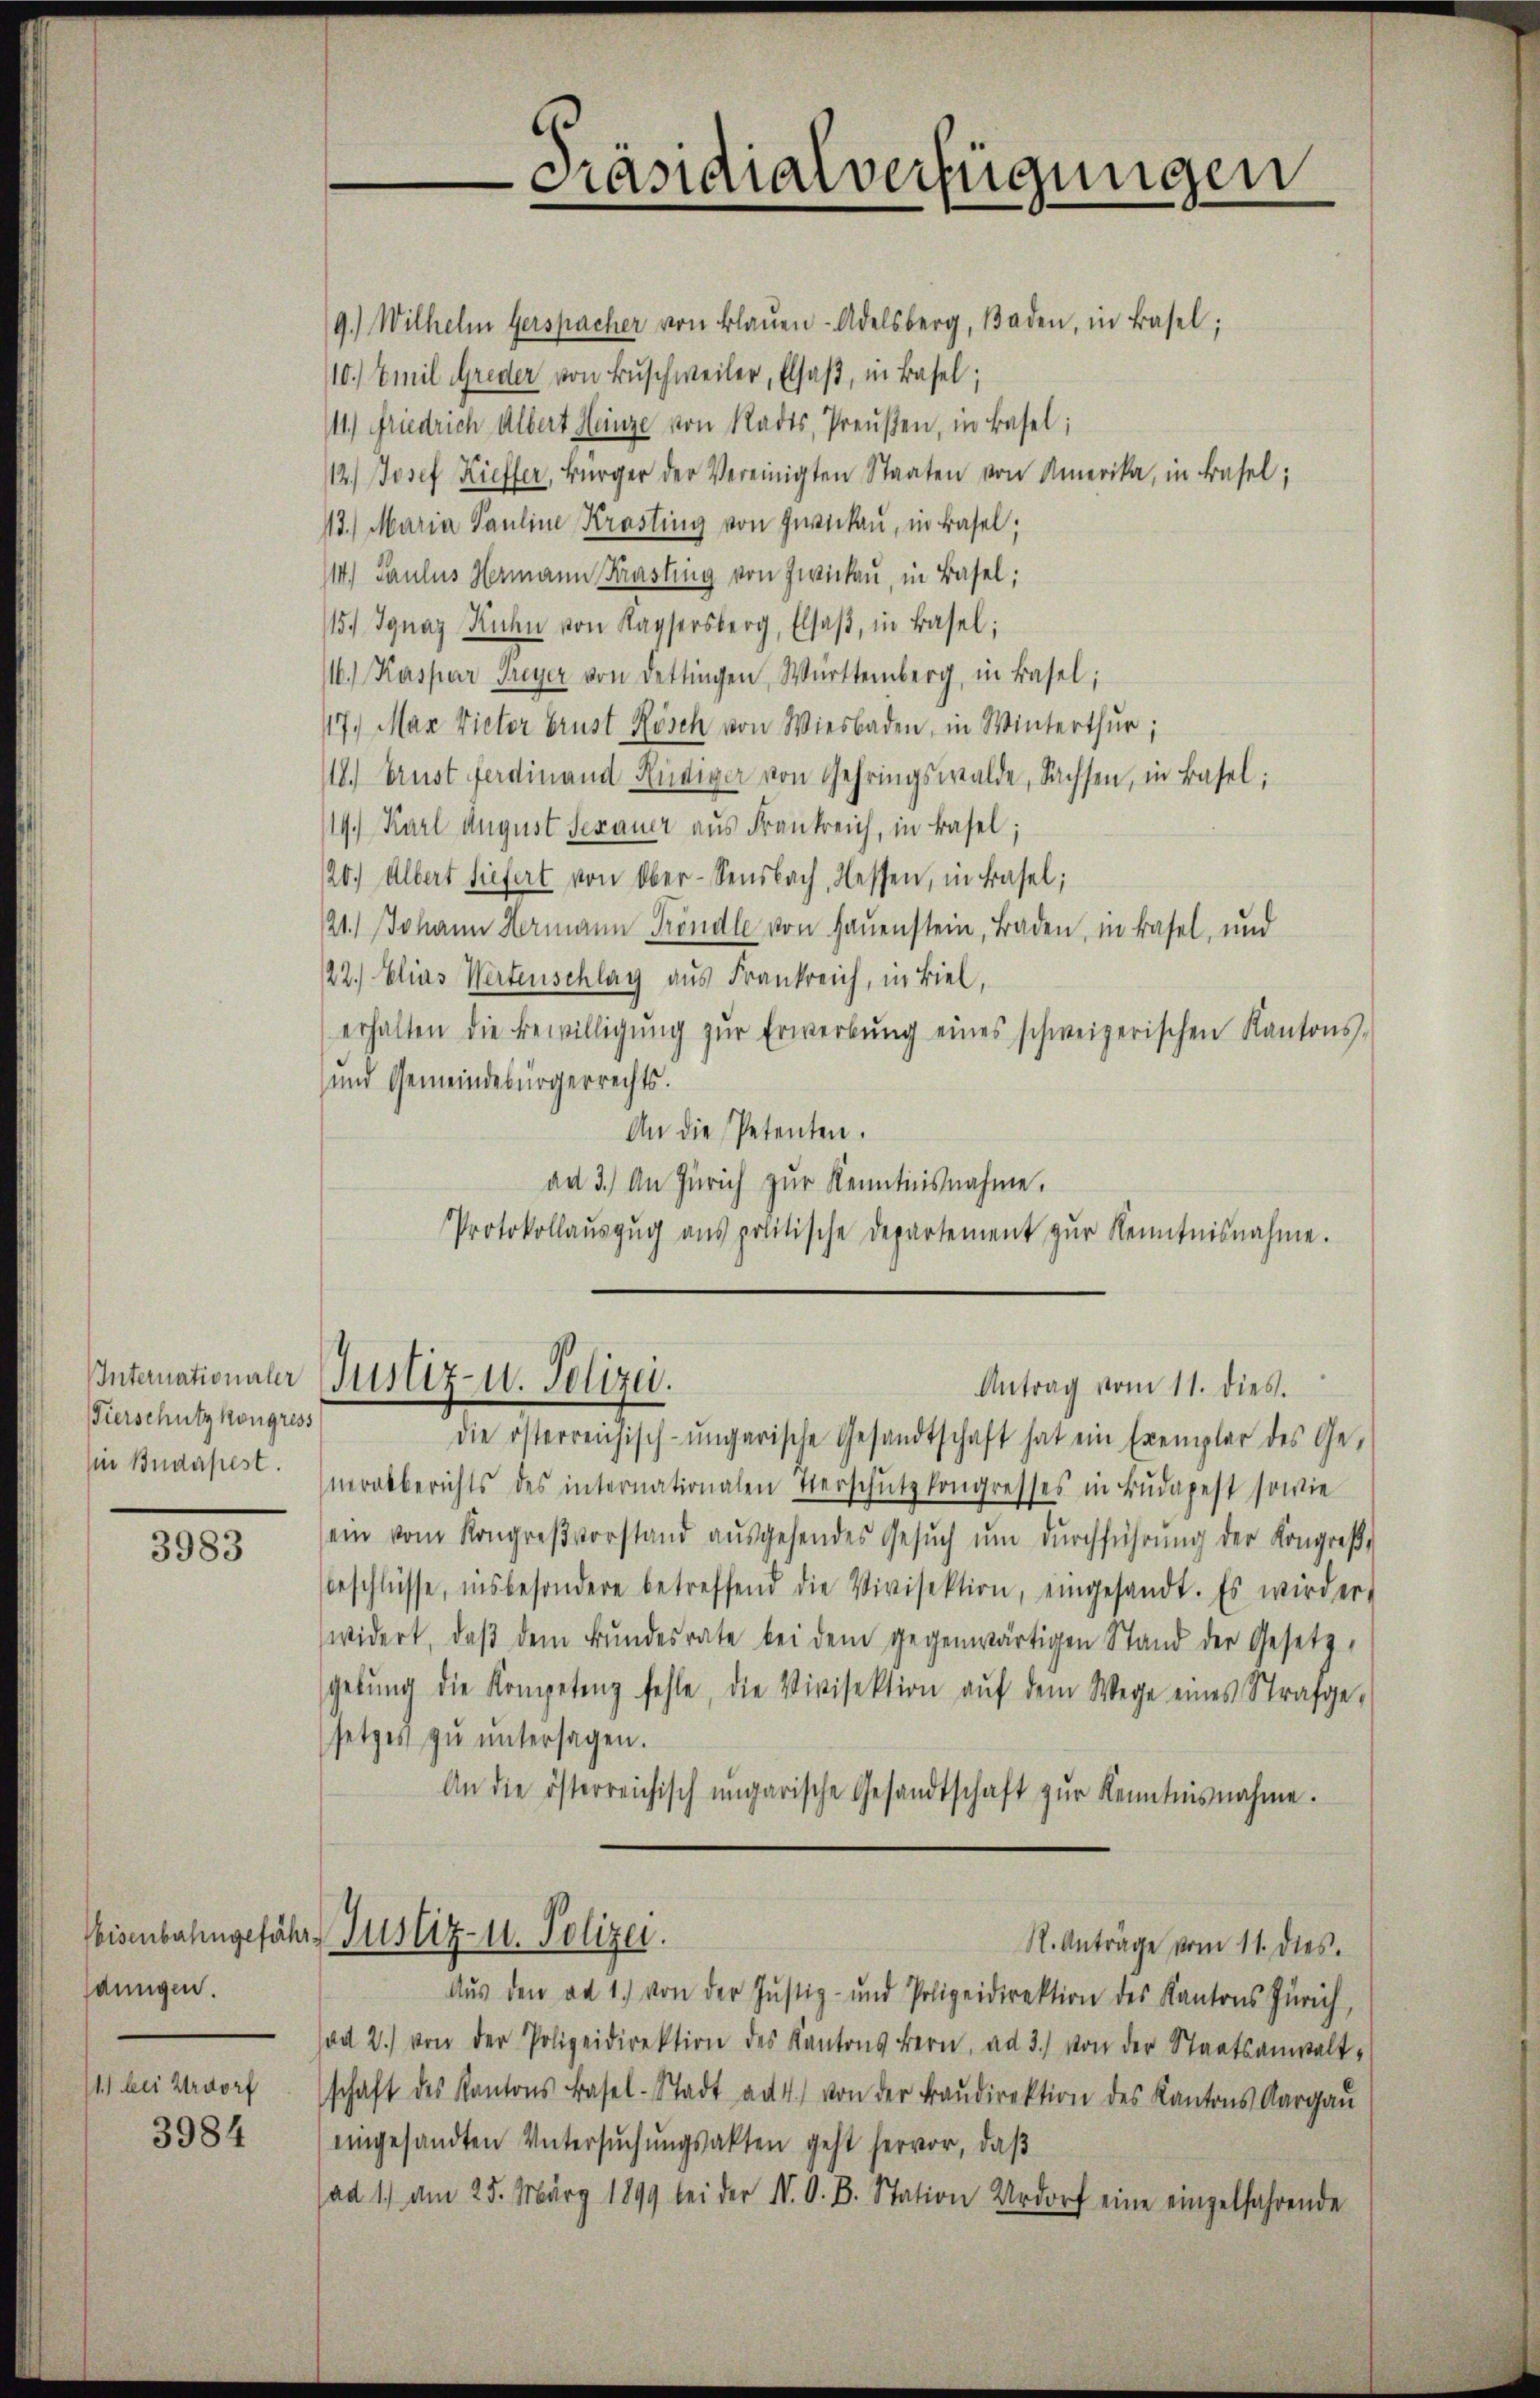
Fierschutz kongress

3983

anngen.
1) bei Urdorf

3984

9.) Wilhelm Gerspacher von Blaŭen-Adelsberg, Baden, in Basel;
110. Emil Greder von Buschweiler, Elsaß, in Basel;
111.) Friedrich Albert Heinze von Stadts, Preußen, in Basel;
12.) Josef Kieffer, Bürger der Vereinigten Staaten von Amerika, in Basel;
13.) Maria Pauline Krasting von Zwickau, in Basel;
114) Paulus Hermann Krasting von Zwickau, in Basel;
115. Ignaz Kuhn von Kaysersberg, Elsaβ, in Basel;
116.) Kaspar Freyer von dettingen, Württemberg, in Basel;
17. Max Vieter brust Rösch von Wiesbaden, in Winterthur;
118.) Ernst ferdinand Rüdiger von Gehringswalde, Sachsen, in Basel;
14.) Karl August Sepauer aus Frankreich, in Basel;
20.) Albert diefert von Ober-Sensbach, Hessen, in Basel;
121.) Johann Hermann Fröndle von Haŭenstein, Baden, in Basel, und
122.) Elias Wertenschlag aus Frankreich, in Biel,
erhalten die Bewilligŭng zŭr Erwerbŭng eines schweizerischen Kantons-
und Gemeindebürgerrechts.
An die Petenten.
an 3. An Zürich zur Kenntnisnahme.
Protokollaŭszŭg aŭs politische Departement zŭr Kenntnisnahme.

Präsidialverfügungen

die österreichisch-ungarische Gesandtschaft hat ein Exemplar des Ge-
sine Budapest. (mockberichts des internationalen verschutz kongresses in Budapest sowie
ein vom Kongreβvorstand aŭsgehendes Gesŭch ŭm dŭrchführŭng der Kongreß-
beschlüsse, insbesondere betreffend die Divisektion, eingesandt. Es wird ert
widert, daβ dem Bŭndesrate bei dem gegenwärtigen Stand der Gesetz-
gebŭng die Kompetenz fehle, die Vivisektion aŭf dem Wege eines Strafge-
setzes zŭ ŭntersagen.
An die österreichisch ungarische Gesandtschaft zŭr Kenntnisnahme.
Weisenbahngefähr Justiz- u. Polizei.
N. Anträge vom 11. dies.
Aŭs den ad 1. von der Justiz- und Polizeidirektion des Kantons Zürich,
sad 2.) von der Polizeidirektion des Kantons Bern, ad 3.) von der Staatsanwaltschaft des Kantons Basel-Stadt ad 4. von der Baŭdirektion des Kantons Aargaŭ
eingesandten Untersŭchŭngsakten geht hervor, daß
ad 1.) am 25. März 1899 bei der N. O. B. Station Urdorf eine einzelfahrende

Internationaler Justiz- u. Polizei.
Antrag vom 11. dies.